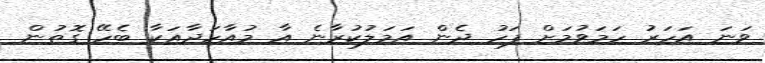
ވަނަ އަހަރު ހަމަވުމަށް ފަހު ދެން އަމަލުކުރާނެ އާ މުއާހަދާއަކާ ބެހޭ ގޮތުން